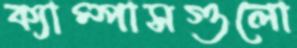
ক্যাম্পাসগুলো